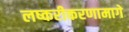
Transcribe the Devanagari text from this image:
लष्करीकरणामागे